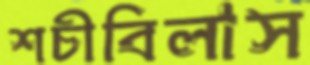
শচীবিলাস